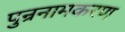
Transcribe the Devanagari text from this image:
पुन्रनामकरण